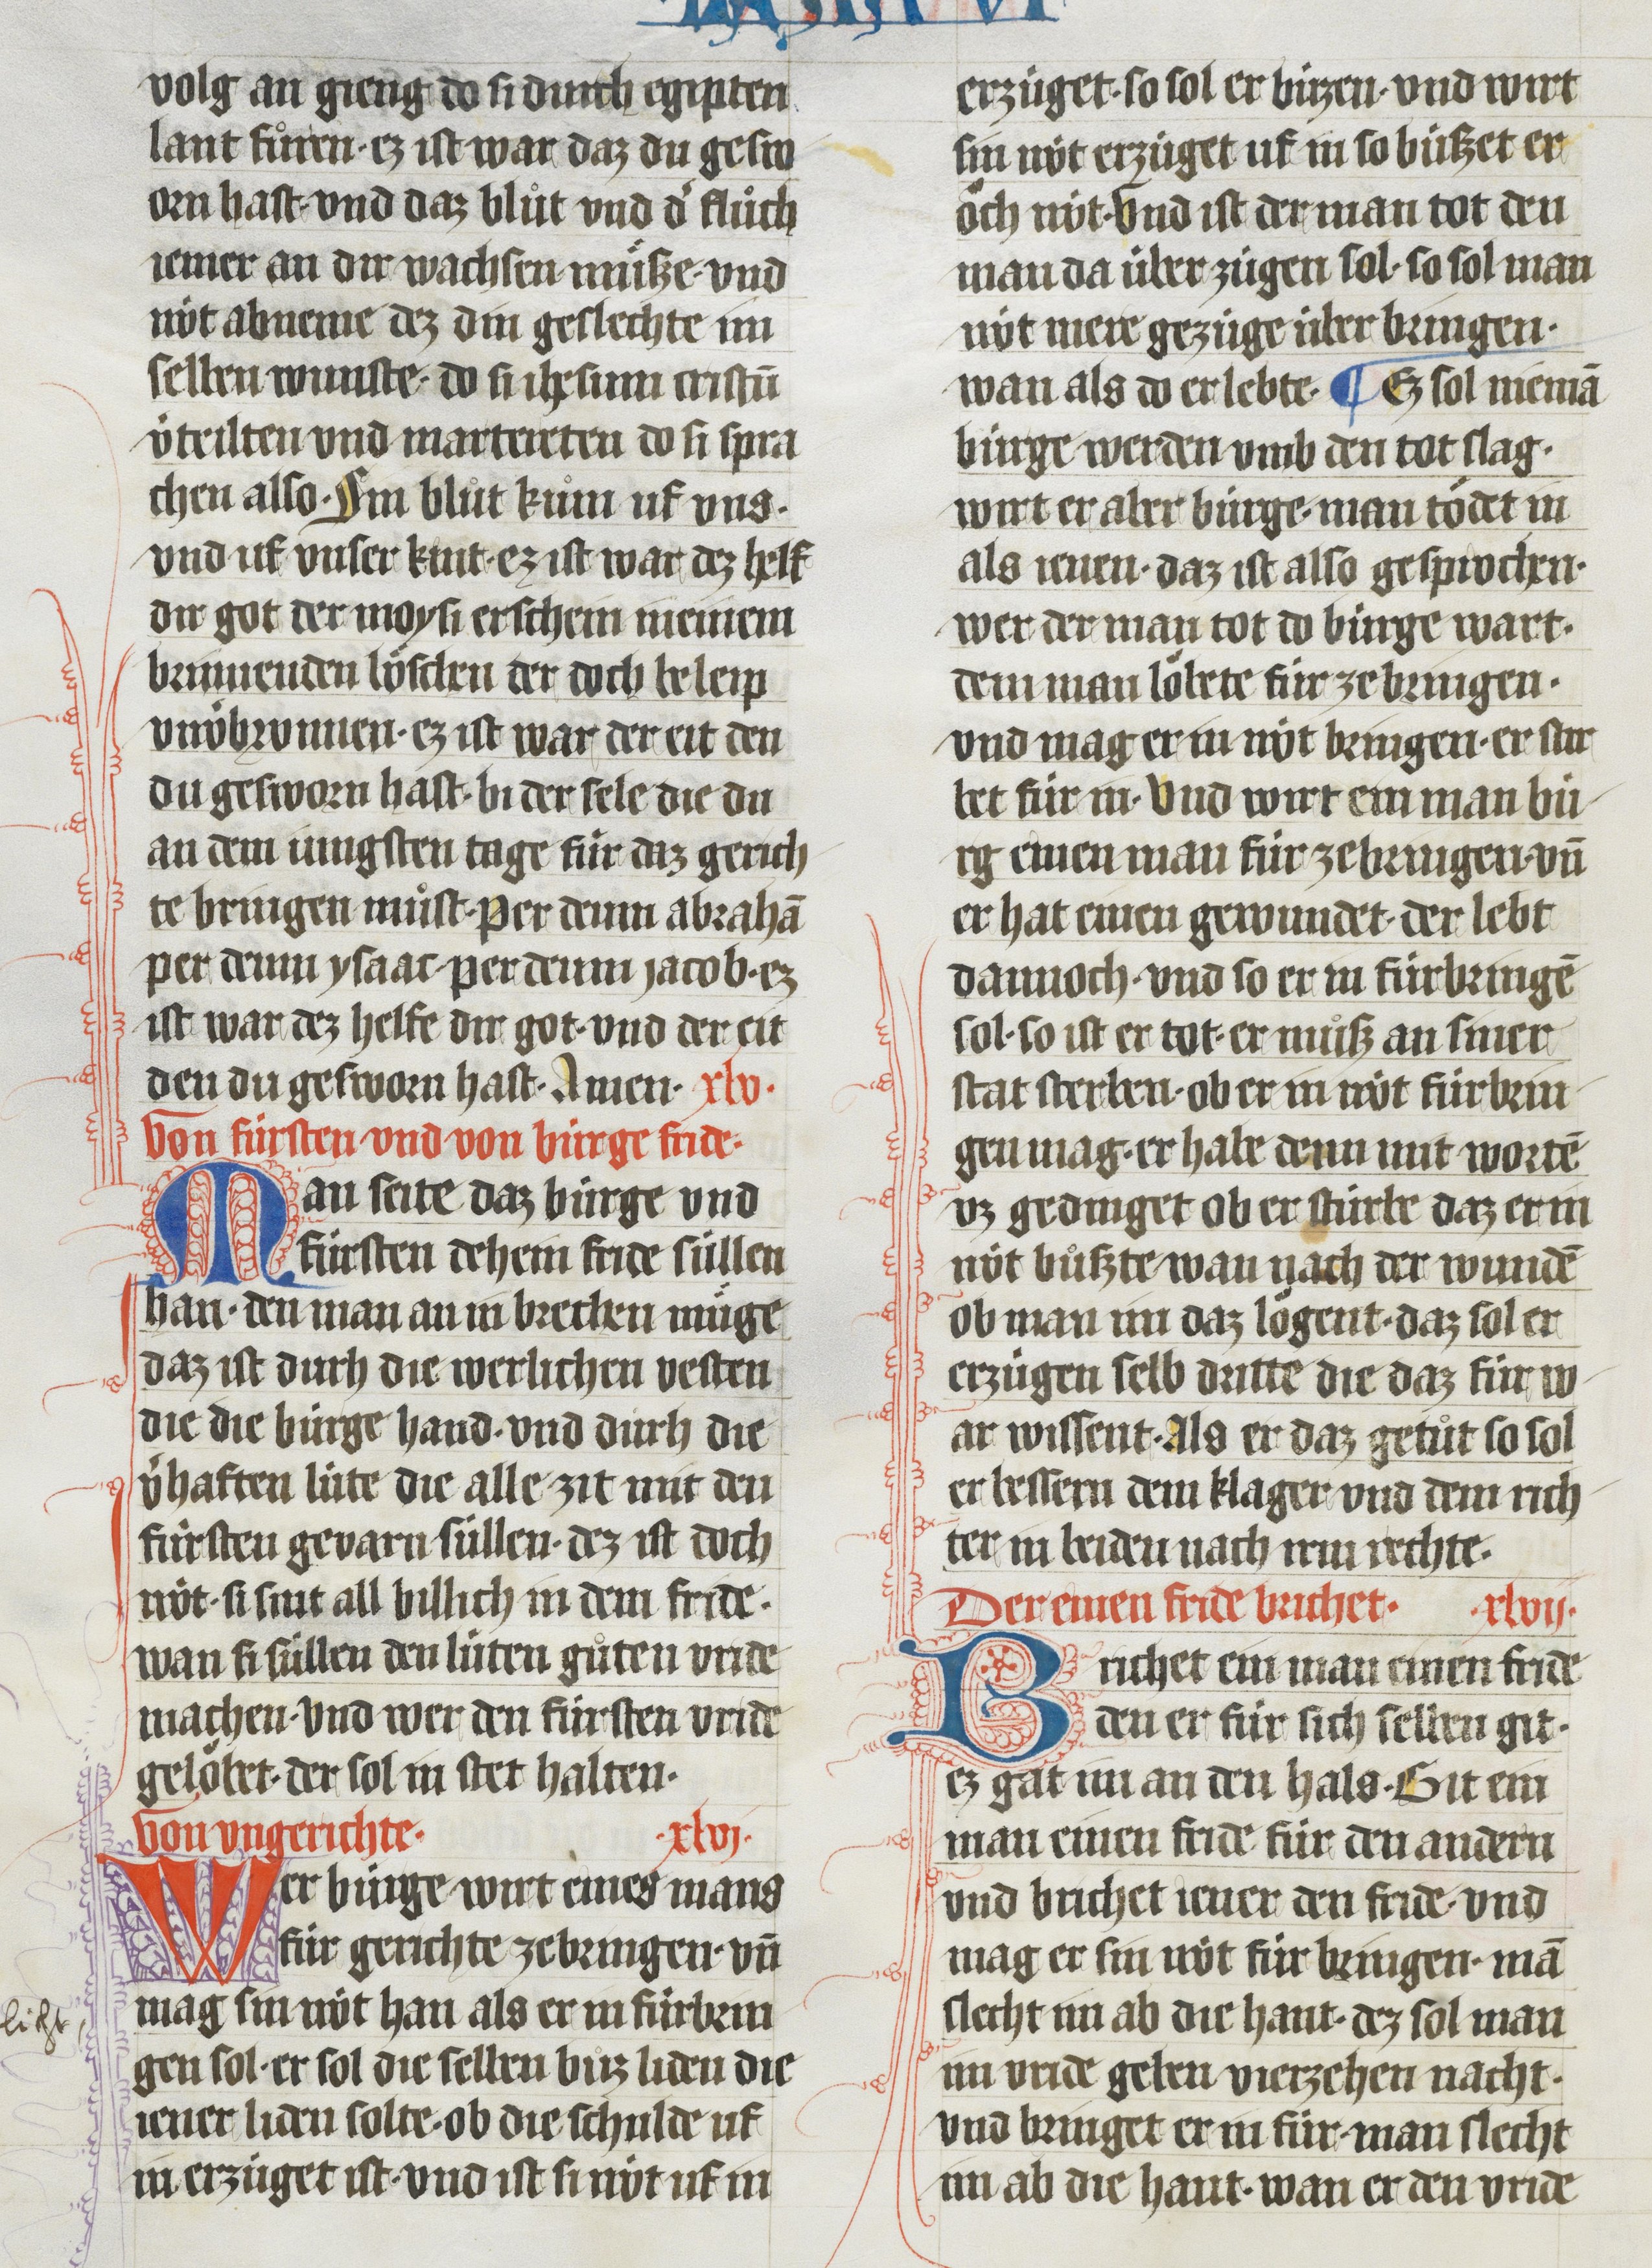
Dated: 1410–1410